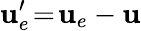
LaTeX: \textbf{u}_{e}^{\prime}\! =\! \textbf{u}_{e}-\textbf{u}